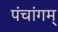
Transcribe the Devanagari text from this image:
पंचांगम्